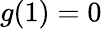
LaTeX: g(1)=0